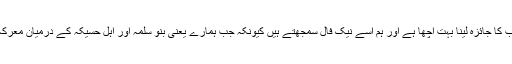
آپؐ کا اس جگہ قیام کرنا اور اصحاب کا جائزہ لینا بہت اچھا ہے اور ہم اسے نیک فال سمجھتے ہیں کیونکہ جب ہمارے یعنی بنو سلمہ اور اہل حُسَیْکَہ کے درمیان معرکہ ہوا تھا تو ہم نے یہیں پڑاؤ ڈالا تھا۔